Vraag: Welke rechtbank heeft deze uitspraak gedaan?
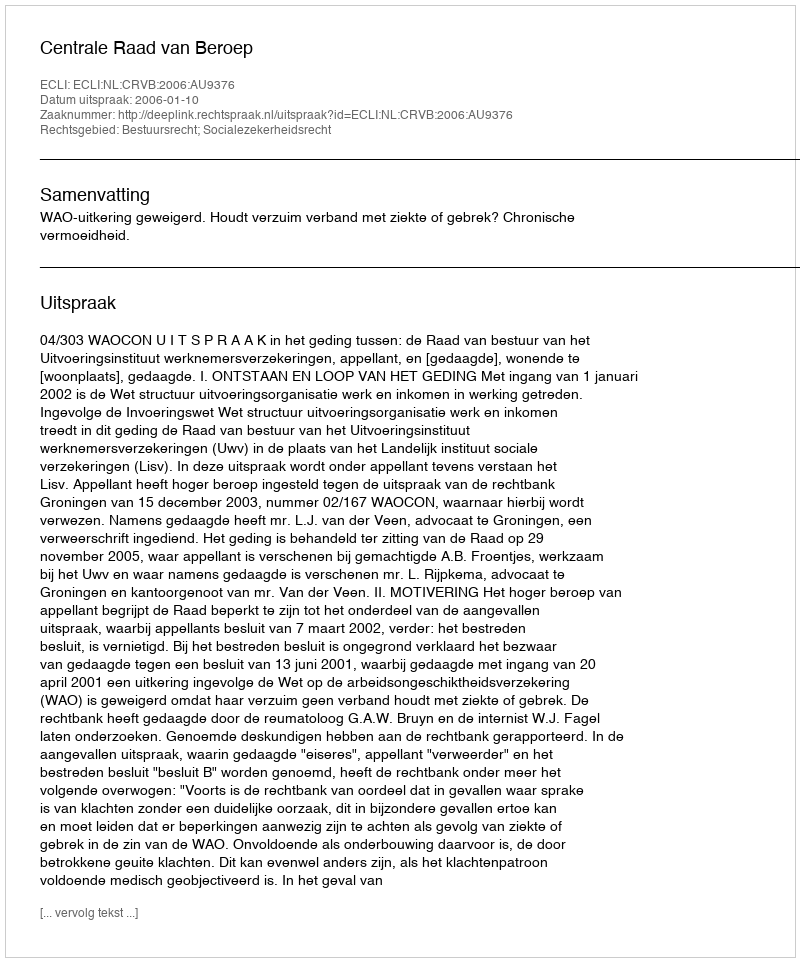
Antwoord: Centrale Raad van Beroep